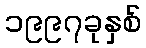
၁၉၉၇ခုနှစ်